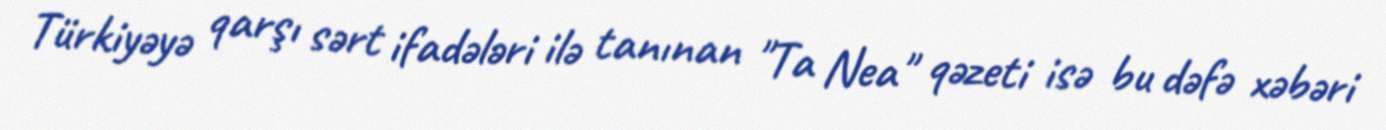
Türkiyəyə qarşı sərt ifadələri ilə tanınan "Ta Nea" qəzeti isə bu dəfə xəbəri